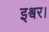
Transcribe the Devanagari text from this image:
इश्वर।